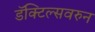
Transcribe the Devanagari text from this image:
डॅक्टिल्सवरुन